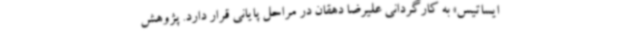
ایساتیس» به کارگردانی علیرضا دهقان در مراحل پایانی قرار دارد. پژوهش